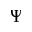
\Psi